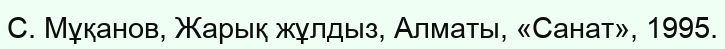
С. Мұқанов, Жарық жұлдыз, Алматы, «Санат», 1995.